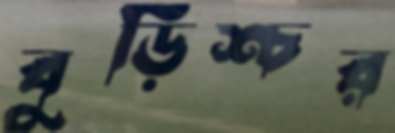
বুড়িশ্চর